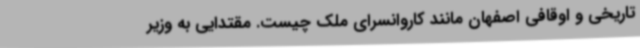
تاریخی و اوقافی اصفهان مانند کاروانسرای ملک چیست. مقتدایی به وزیر